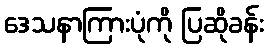
ဒေသနာကြားပုံကို ပြဆိုခန်း